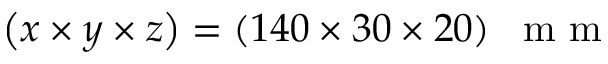
\left( x \times y \times z \right) = \left( 1 4 0 \times 3 0 \times 2 0 \right) ~ \mathrm { ~ m ~ m ~ }